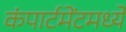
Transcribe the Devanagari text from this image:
कंपार्टमेंटमध्ये